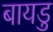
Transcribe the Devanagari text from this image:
बायडु